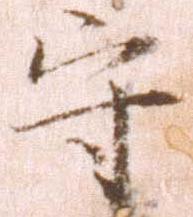
守